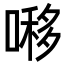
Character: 𠼪